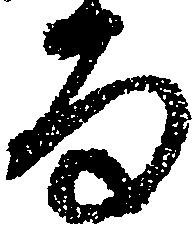
る